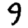
Digit: 9